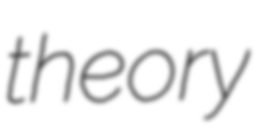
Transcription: theory